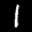
Label: 1